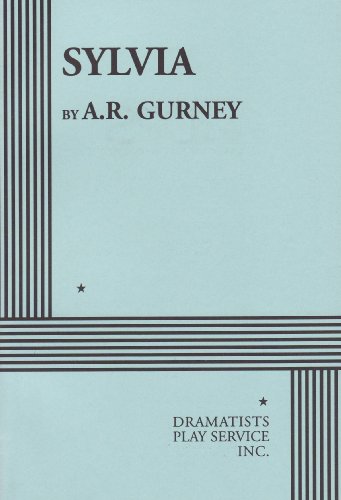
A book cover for Sylvia; A.R. Gurney; Humor & Entertainment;